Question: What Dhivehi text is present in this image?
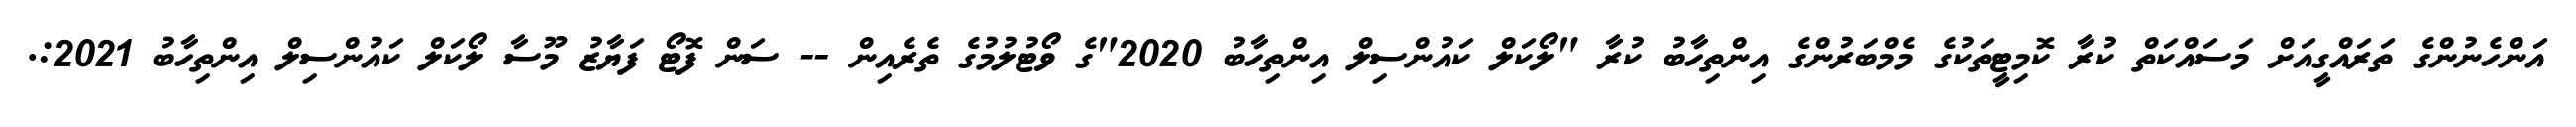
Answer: އަންހެނުންގެ ތަރައްގީއަށް މަސައްކަތް ކުރާ ކޮމިޓީތަކުގެ މެމްބަރުންގެ އިންތިހާބު ކުރާ "ލޯކަލް ކައުންސިލް އިންތިހާބު 2020"ގެ ވޯޓުލުމުގެ ތެރެއިން -- ސަން ފޮޓޯ ފަޔާޒު މޫސާ ލޯކަލް ކައުންސިލް އިންތިހާބު 2021:.